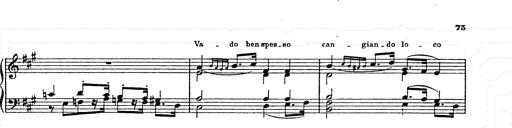
Title: AnnÃ©es de pÃ¨lerinage II
Composer: Franz Liszt